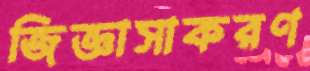
জিজ্ঞাসাকরণ